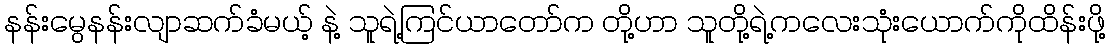
နန်းမွေနန်းလျာဆက်ခံမယ့် နဲ့ သူရဲ့ကြင်ယာတော်က တို့ဟာ သူတို့ရဲ့ကလေးသုံးယောက်ကိုထိန်းဖို့